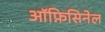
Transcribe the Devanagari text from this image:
ऑफ़िसिनेल